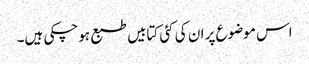
اس موضوع پر ان کی کئی کتابیں طبع ہوچکی ہیں۔